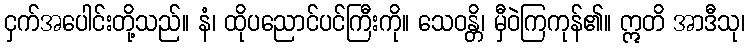
ငှက်အပေါင်းတို့သည်။ နံ၊ ထိုပညောင်ပင်ကြီးကို။ သေဝန္တိ၊ မှီဝဲကြကုန်၏။ ဣတိ အာဒီသု၊